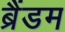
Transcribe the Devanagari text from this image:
ब्रैंडम